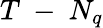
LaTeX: T\mathrm{~-~}N_{q}